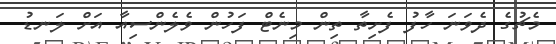
މެޗުގެ ދެވަނަ ހާފު ފެށިތާ ތިން މިނެޓް ފަހުން ވެލެންސިއާ އަށް ލަނޑު